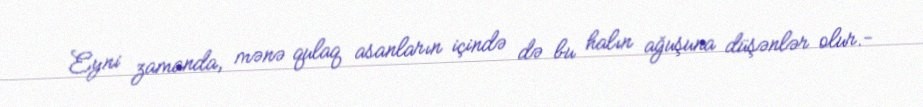
Eyni zamanda, mənə qulaq asanların içində də bu halın ağuşuna düşənlər olur.-